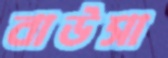
বাউসা